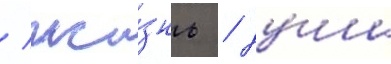
/ жи́знь / душа